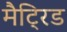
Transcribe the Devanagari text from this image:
मैट्रिड